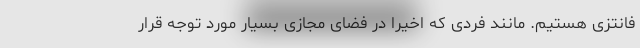
فانتزی هستیم. مانند فردی که اخیرا در فضای مجازی بسیار مورد توجه قرار